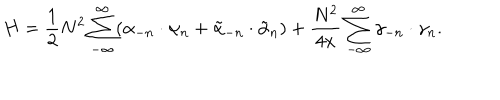
LaTeX: H = \frac { 1 } { 2 } N ^ { 2 } \sum _ { - \infty } ^ { \infty } ( \alpha _ { - n } \cdot \alpha _ { n } + \tilde { \alpha } _ { - n } \cdot \tilde { \alpha } _ { n } ) + \frac { N ^ { 2 } } { 4 x } \sum _ { - \infty } ^ { \infty } \gamma _ { - n } \cdot \gamma _ { n } .